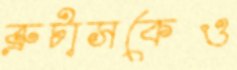
ব্রুটাসকেও